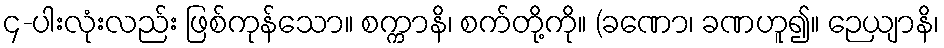
၄-ပါးလုံးလည်း ဖြစ်ကုန်သော။ စက္ကာနိ၊ စက်တို့ကို။ (ခဏော၊ ခဏဟူ၍။ ဉေယျာနိ၊